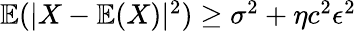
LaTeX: \begin{array}{r}{\mathbb{E}(|X-\mathbb{E}(X)|^{2})\geq\sigma^{2}+\eta c^{2}\epsilon^{2}}\end{array}